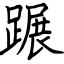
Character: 蹍